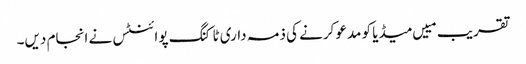
تقریب مییں میڈیا کو مدعو کرنے کی ذمہ داری ٹاکنگ پوائنٹس نے انجام دیں۔